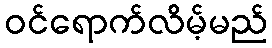
ဝင်ရောက်လိမ့်မည်